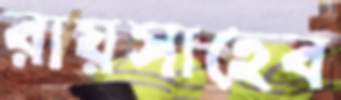
রায়সাহেব